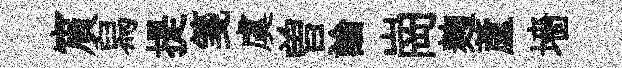
賔舄提箋虞曽論崗麹蘆墻